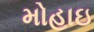
મોહાઇ